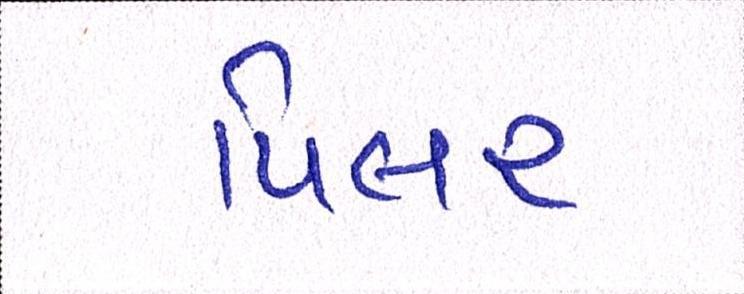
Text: પિલર